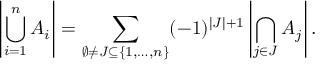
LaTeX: \left| \bigcup _ { i = 1 } ^ { n } A _ { i } \right| = \sum _ { \emptyset \neq J \subseteq \{ 1 , \ldots , n \} } ( - 1 ) ^ { | J | + 1 } \left| \bigcap _ { j \in J } A _ { j } \right| .